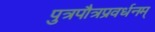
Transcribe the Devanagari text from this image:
पुत्रपौत्रप्रवर्धनम्